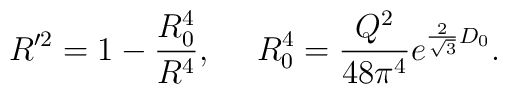
R^{\prime 2} = 1 - {R_0^4 \over R^4},~~~~      R_0^4= { Q^2 \over 48 \pi^4} e^{ {2 \over \sqrt 3} D_0}.